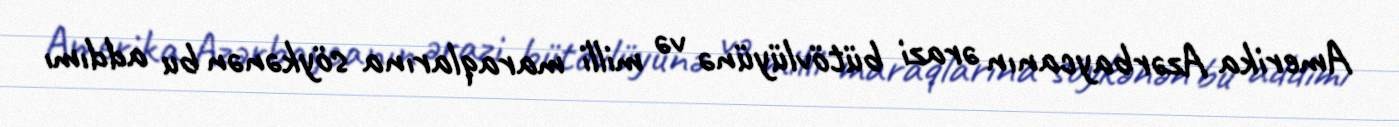
Amerika Azərbaycanın ərazi bütövlüyünə və milli maraqlarına söykənən bu addımı